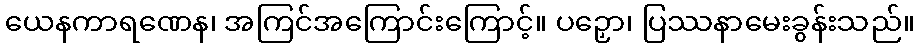
ယေနကာရဏေန၊ အကြင်အကြောင်းကြောင့်။ ပဉှော၊ ပြဿနာမေးခွန်းသည်။